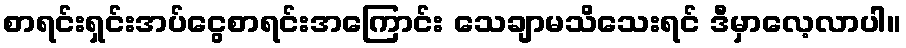
စာရင်းရှင်းအပ်ငွေစာရင်းအကြောင်း သေချာမသိသေးရင် ဒီမှာလေ့လာပါ။